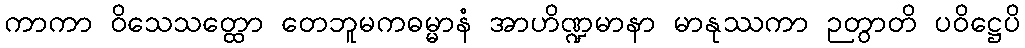
ကာကာ ဝိသေသတ္ထော တေဘူမကဓမ္မာနံ အာဟိဏ္ဍမာနာ မာနုဿကာ ဉတွာတိ ပဝိဋ္ဌေပိ